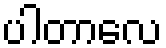
ပါတာလေ